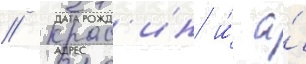
// Крас'ин и́ а́